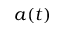
a ( t )